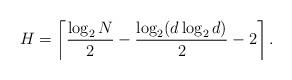
LaTeX: \begin{align*} H=\left\lceil\frac{\log_2N}{2}-\frac{\log_2(d\log_2d)}{2}-2\right\rceil.\end{align*}